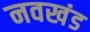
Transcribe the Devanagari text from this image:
नवखंड